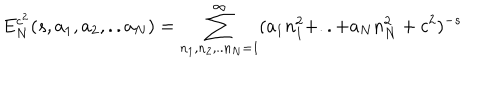
E _ { N } ^ { c ^ { 2 } } ( s , a _ { 1 } , a _ { 2 } , . . a _ { N } ) = \sum _ { n _ { 1 } , n _ { 2 } , . . n _ { N } = 1 } ^ { \infty } ( a _ { 1 } n _ { 1 } ^ { 2 } + . . + a _ { N } n _ { N } ^ { 2 } + c ^ { 2 } ) ^ { - s }